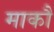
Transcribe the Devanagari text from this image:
माकौ